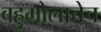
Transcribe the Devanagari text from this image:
बहुमोलाचेच